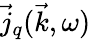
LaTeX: \vec{j}_{q}(\vec{k},\omega)